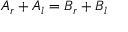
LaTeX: A _ { r } + A _ { l } = B _ { r } + B _ { l }